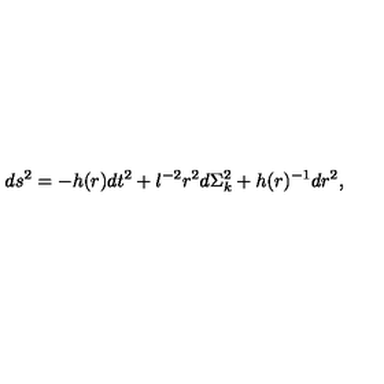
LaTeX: d s ^ { 2 } = - h ( r ) d t ^ { 2 } + l ^ { - 2 } r ^ { 2 } d \Sigma _ { k } ^ { 2 } + h ( r ) ^ { - 1 } d r ^ { 2 } ,